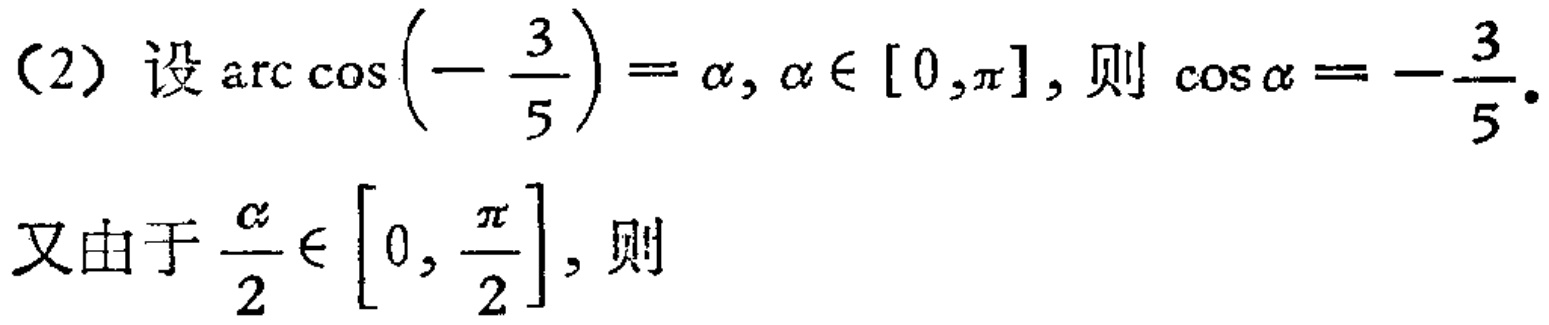
（2）设\(\arccos\left(-\frac{3}{5}\right)=\alpha,\alpha\in[0,\pi]\)，则\(\cos\alpha = -\frac{3}{5}\)。
又由于\(\frac{\alpha}{2}\in\left[0,\frac{\pi}{2}\right]\)，则